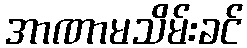
အာဏာမသိမ်းခင်